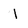
Character: I